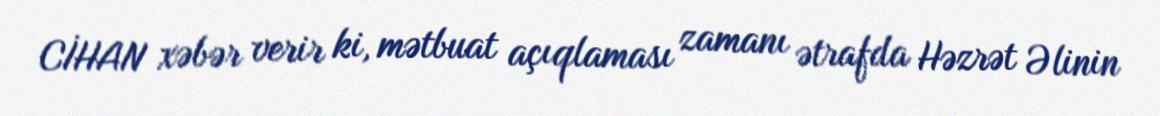
CİHAN xəbər verir ki, mətbuat açıqlaması zamanı ətrafda Həzrət Əlinin